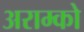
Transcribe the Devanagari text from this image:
अराम्को